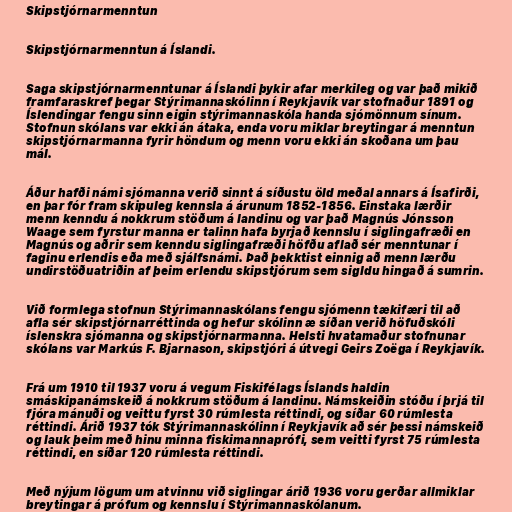
Skipstjórnarmenntun

Skipstjórnarmenntun á Íslandi.

Saga skipstjórnarmenntunar á Íslandi þykir afar merkileg og var það mikið
framfaraskref þegar Stýrimannaskólinn í Reykjavík var stofnaður 1891 og
Íslendingar fengu sinn eigin stýrimannaskóla handa sjómönnum sínum.
Stofnun skólans var ekki án átaka, enda voru miklar breytingar á menntun
skipstjórnarmanna fyrir höndum og menn voru ekki án skoðana um þau
mál.

Áður hafði námi sjómanna verið sinnt á síðustu öld meðal annars á Ísafirði,
en þar fór fram skipuleg kennsla á árunum 1852-1856. Einstaka lærðir
menn kenndu á nokkrum stöðum á landinu og var það Magnús Jónsson
Waage sem fyrstur manna er talinn hafa byrjað kennslu í siglingafræði en
Magnús og aðrir sem kenndu siglingafræði höfðu aflað sér menntunar í
faginu erlendis eða með sjálfsnámi. Það þekktist einnig að menn lærðu
undirstöðuatriðin af þeim erlendu skipstjórum sem sigldu hingað á sumrin.

Við formlega stofnun Stýrimannaskólans fengu sjómenn tækifæri til að
afla sér skipstjórnarréttinda og hefur skólinn æ síðan verið höfuðskóli
íslenskra sjómanna og skipstjórnarmanna. Helsti hvatamaður stofnunar
skólans var Markús F. Bjarnason, skipstjóri á útvegi Geirs Zoëga í Reykjavík.

Frá um 1910 til 1937 voru á vegum Fiskifélags Íslands haldin
smáskipanámskeið á nokkrum stöðum á landinu. Námskeiðin stóðu í þrjá til
fjóra mánuði og veittu fyrst 30 rúmlesta réttindi, og síðar 60 rúmlesta
réttindi. Árið 1937 tók Stýrimannaskólinn í Reykjavík að sér þessi námskeið
og lauk þeim með hinu minna fiskimannaprófi, sem veitti fyrst 75 rúmlesta
réttindi, en síðar 120 rúmlesta réttindi.

Með nýjum lögum um atvinnu við siglingar árið 1936 voru gerðar allmiklar
breytingar á prófum og kennslu í Stýrimannaskólanum.